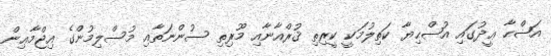
އަޟްޙާ ޢީދުގައި އުޟްޙިޔާ ކަތިލުމަކީ ކީރިތި ޤުރްއާނާއި މޫރިތި ސުންނަތާއި މުސްލިމުންގެ އިޖްމާޢިން